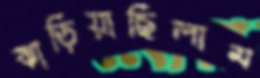
ঝাড়িয়াছিলাম